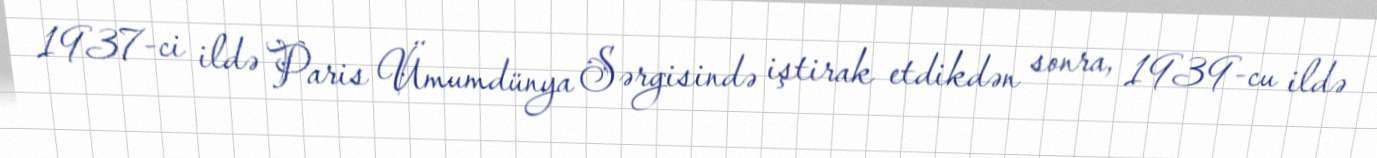
1937-ci ildə Paris Ümumdünya Sərgisində iştirak etdikdən sonra, 1939-cu ildə